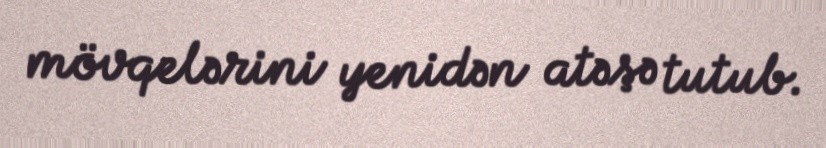
mövqelərini yenidən atəşə tutub.